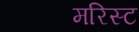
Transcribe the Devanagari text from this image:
मरिस्ट